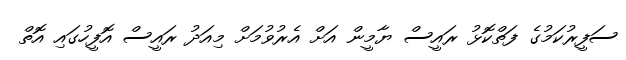
ސަފީރުކަމުގެ ފަތްކޮޅު ރައީސް ޔާމީން އަށް އެރުވުމަށް މިއަދު ރައީސް އޮފީހުގައި އޮތް